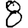
Digit: 8